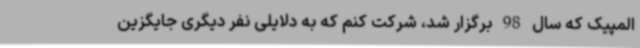
المپیک که سال 98 برگزار شد، شرکت کنم که به دلایلی نفر دیگری جایگزین